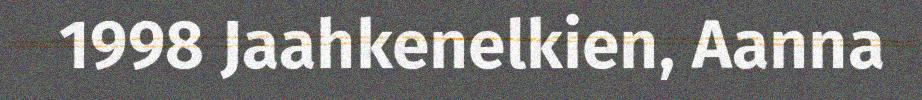
1998 Jaahkenelkien, Aanna